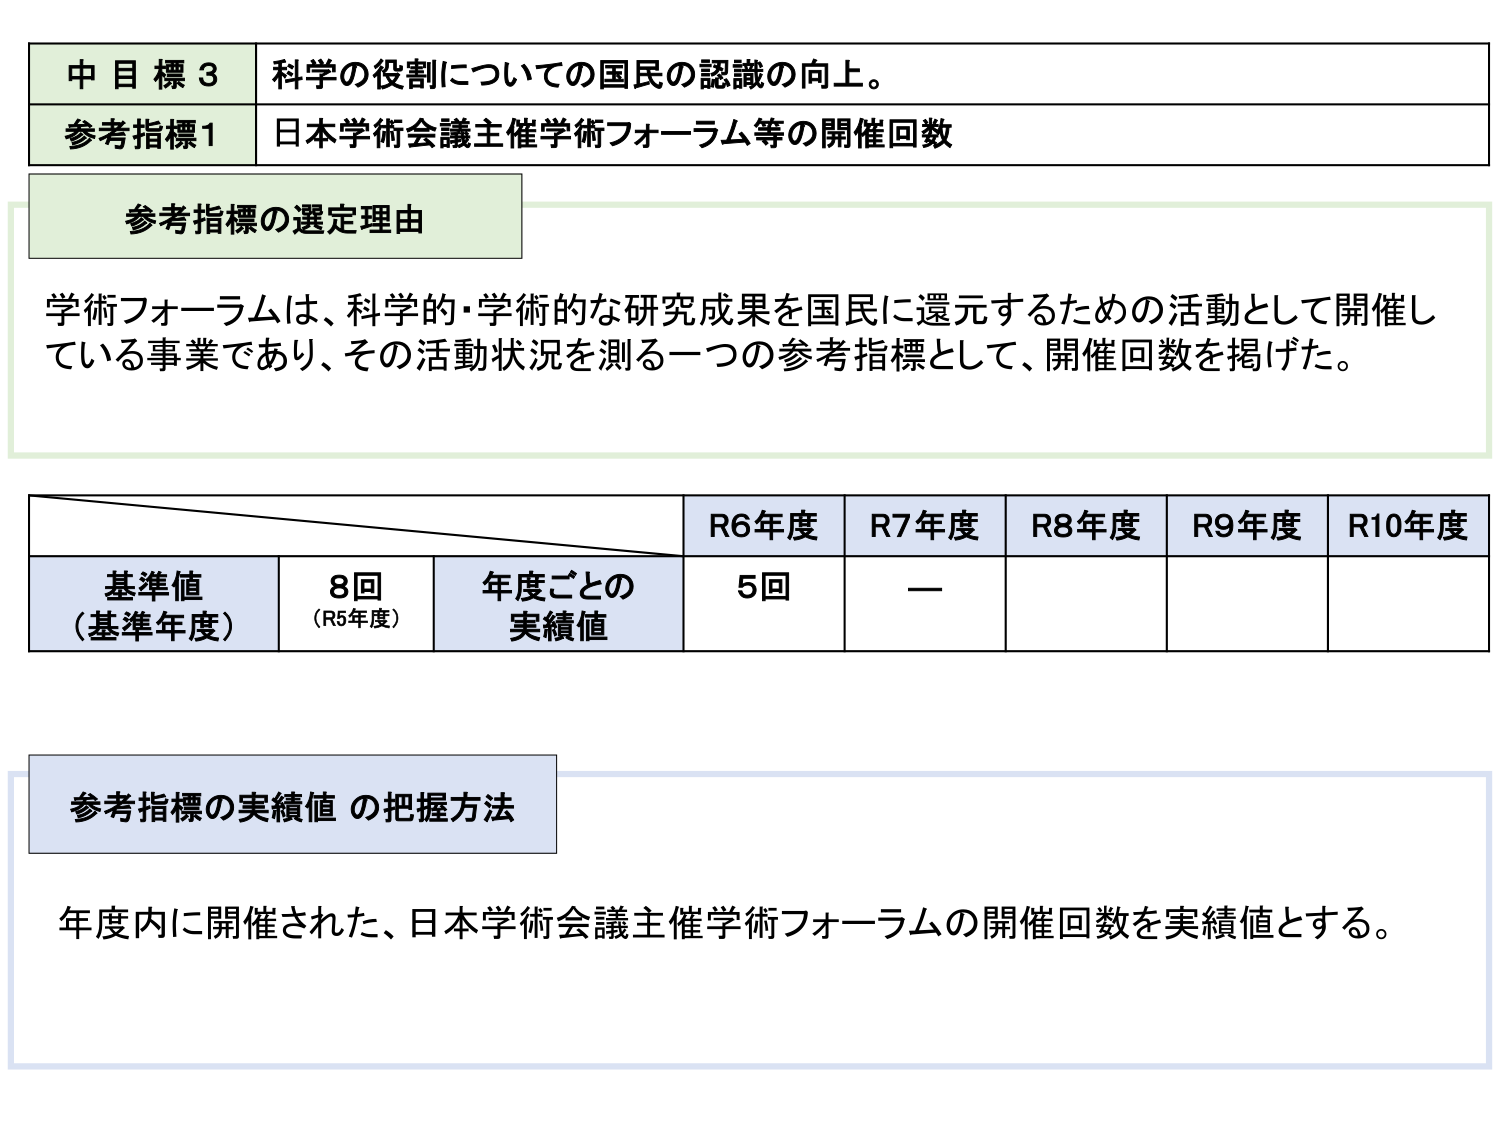
中目標3 科学の役割についての国民の認識の向上。
参考指標1 日本学術会議主催学術フォーラム等の開催回数
参考指標の選定理由
学術フォーラムは、科学的・学術的な研究成果を国民に還元するための活動として開催している事業であり、その活動状況を測る一つの参考指標として、開催回数を掲げた。
R6年度 R7年度 R8年度 R9年度 R10年度
基準値（基準年度） 8回（R5年度） 年度ごとの実績値 5回 —
参考指標の実績値 の把握方法
年度内に開催された、日本学術会議主催学術フォーラムの開催回数を実績値とする。